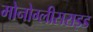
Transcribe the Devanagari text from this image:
मोनोग्लीसराइड